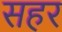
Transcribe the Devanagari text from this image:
सहर